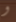
و